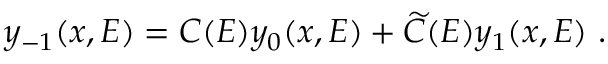
y _ { - 1 } ( x , E ) = C ( E ) y _ { 0 } ( x , E ) + \widetilde C ( E ) y _ { 1 } ( x , E ) ~ .